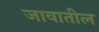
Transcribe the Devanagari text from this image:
जावातील